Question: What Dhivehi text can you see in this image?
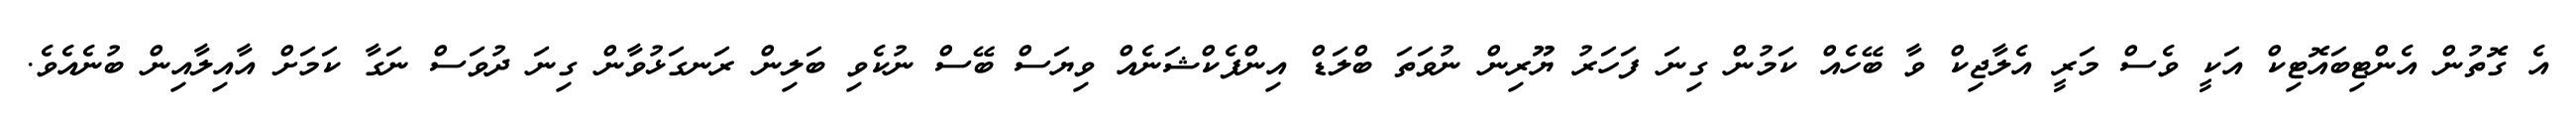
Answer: އެ ގޮތުން އެންޓިބައޮޓިކް އަކީ ވެސް މަރީ އެލާޖިކް ވާ ބޭހެއް ކަމުން ގިނަ ފަހަރު ޔޫރިން ނުވަތަ ބްލަޑް އިންފެކްޝަނެއް ވިޔަސް ބޭސް ނުކެވި ބަލިން ރަނގަޅުވާން ގިނަ ދުވަސް ނަގާ ކަމަށް އާއިލާއިން ބުނެއެވެ.